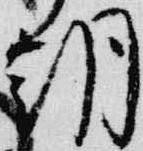
朝